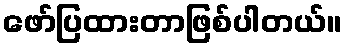
ဖော်ပြထားတာဖြစ်ပါတယ်။